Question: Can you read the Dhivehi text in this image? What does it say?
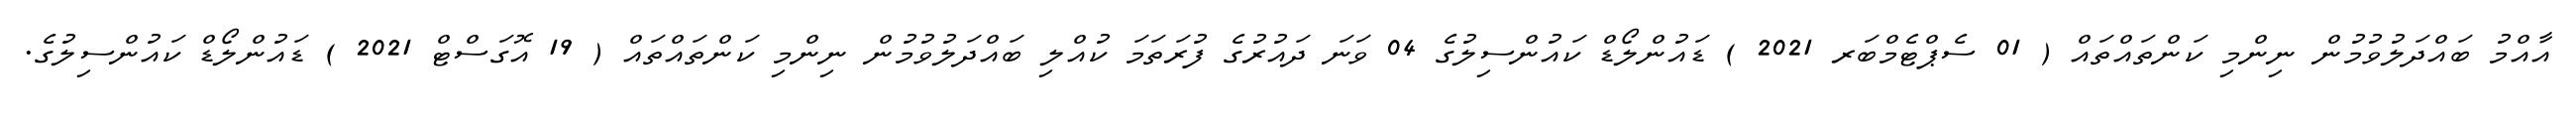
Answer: އާއްމު ބައްދަލުވުމުން ނިންމި ކަންތައްތައް ( 01 ސެޕްޓެމްބަރ 2021 ) ޑައުންލޯޑް ކައުންސިލުގެ 04 ވަނަ ދައުރުގެ ފުރަތަމަ ކުއްލި ބައްދަލުވުމުން ނިންމި ކަންތައްތައް ( 19 އޮގަސްޓް 2021 ) ޑައުންލޯޑް ކައުންސިލުގެ.